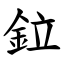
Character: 鉝